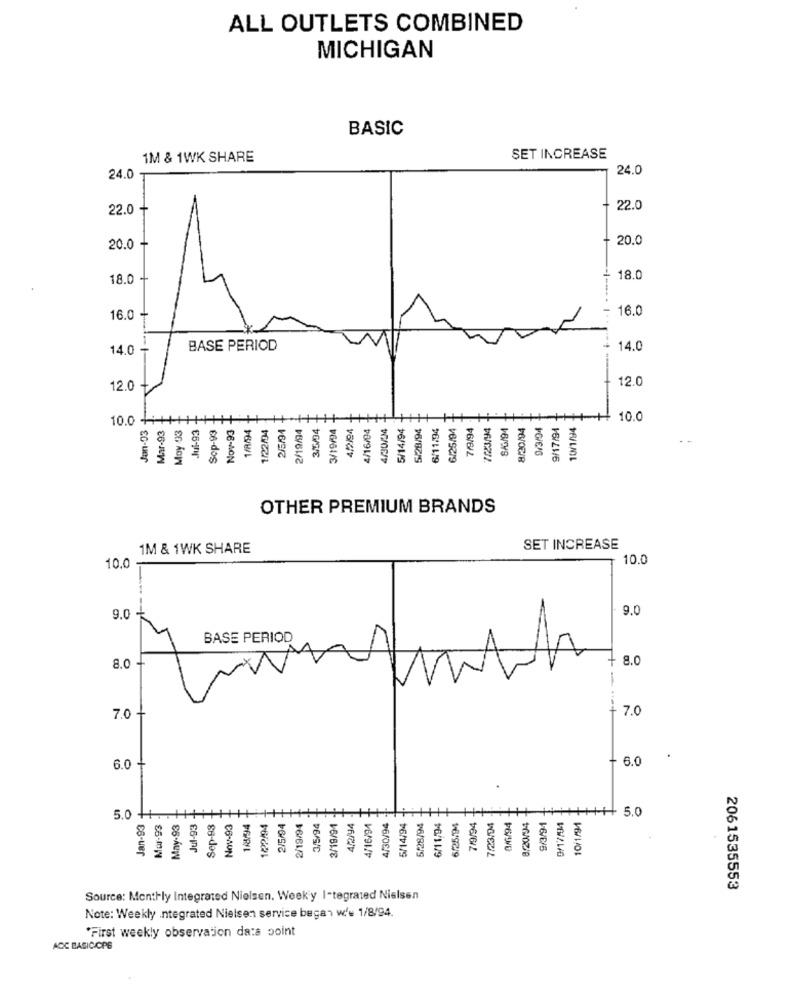
ALL OUTLETS COMBINED
MICHIGAN
BASIC
1M & 1WK SHARE
SET INCREASE
24.0
24.0
22.0
22.0
O
20.0
20.0
18.0
18.0
16.0
16.0
14.0
BASE PERIOD
14.0
12.0
12.0
O
Nov-93
10.0
Jan-93
Mar-93
Moy 93
Jul-93
1/8/94
1/22/34
2/5/94
2/19/94
3/5/04
3/19/94
4/2/94
4/16/04
4/30/34
5/14/94
S/28/94
6/11/94
6/25/94
7/9/94
7/23/94
8/20/94
9/3/04
9/17/94
10/1/94
10.0
Sop-93
OTHER PREMIUM BRANDS
1M & 1WK SHARE
SET INCREASE
10.0
10.0
0
9.0
9.0 .
BASE PERIOD
0
O
+ 8.0
8.0 -
0
7.0
6.0
6.0
Jan-93 +
May-93
Jul-93 +
Sep-93-
7/9/94
7/23/04
8,20/94
5.0
5.0 ++ . .
Mur-93
Nov-93
1/8/94
1/22/94
2/5/94
2/19/94
3/5/94
3/19/94
4/2/94
4/16/94
4/30/94
5/14/94
5/28/94
6/11/94
6/25.94
0/6/94
9/3/94
9/17/94
10/1/94
2061535553
Source: Monthly Integrated Nielsen. Week'y I-tegrated Nielsen
Note: Weekly Integrated Nielsen service began w's 1/8/94.
"First weekly observation data point
ADC BASICIOPS